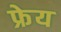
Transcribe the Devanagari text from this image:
फ्रेय